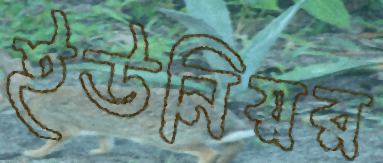
ইউনিয়র